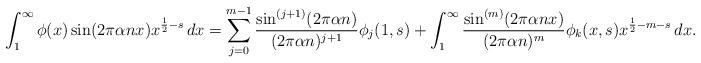
LaTeX: \begin{align*}\int_1^\infty\phi(x)\sin(2\pi\alpha nx)x^{\frac12-s}\,dx=\sum_{j=0}^{m-1}\frac{\sin^{(j+1)}(2\pi\alpha n)}{(2\pi\alpha n)^{j+1}}\phi_j(1,s)+\int_1^\infty\frac{\sin^{(m)}(2\pi\alpha nx)}{(2\pi\alpha n)^m}\phi_k(x,s)x^{\frac12-m-s}\,dx.\end{align*}